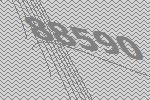
88590